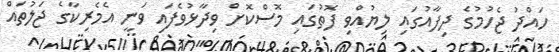
ހައްދު ޖެހުމުގެ ދިފާއުގައި ލިޔުއްވި ފޮތުގައި މޮސްކޮށް ވިދާޅުވެފައި ވަނީ އެމެރިކާގެ ޖަލުތައް